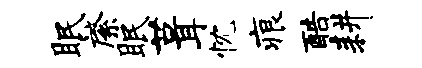
眠綮眠葺忱痕酷耕